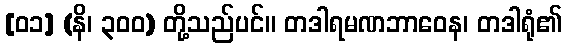
[၀၁] (နိ၊ ၃၀၀) တို့သည်ပင်။ တဒါရမဏဘာဝေန၊ တဒါရုံ၏